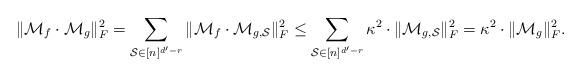
LaTeX: \begin{align*}\Vert \mathcal{M}_f \cdot \mathcal{M}_g \Vert_F^2 = \sum_{\mathcal{S} \in [n]^{d'-r}} \Vert \mathcal{M}_f \cdot \mathcal{M}_{g, \mathcal{S}} \Vert_F^2 \le \sum_{\mathcal{S} \in [n]^{d'-r}} \kappa^2 \cdot \Vert \mathcal{M}_{g, \mathcal{S}} \Vert_F^2 = \kappa^2 \cdot \Vert \mathcal{M}_g \Vert_F^2.\end{align*}